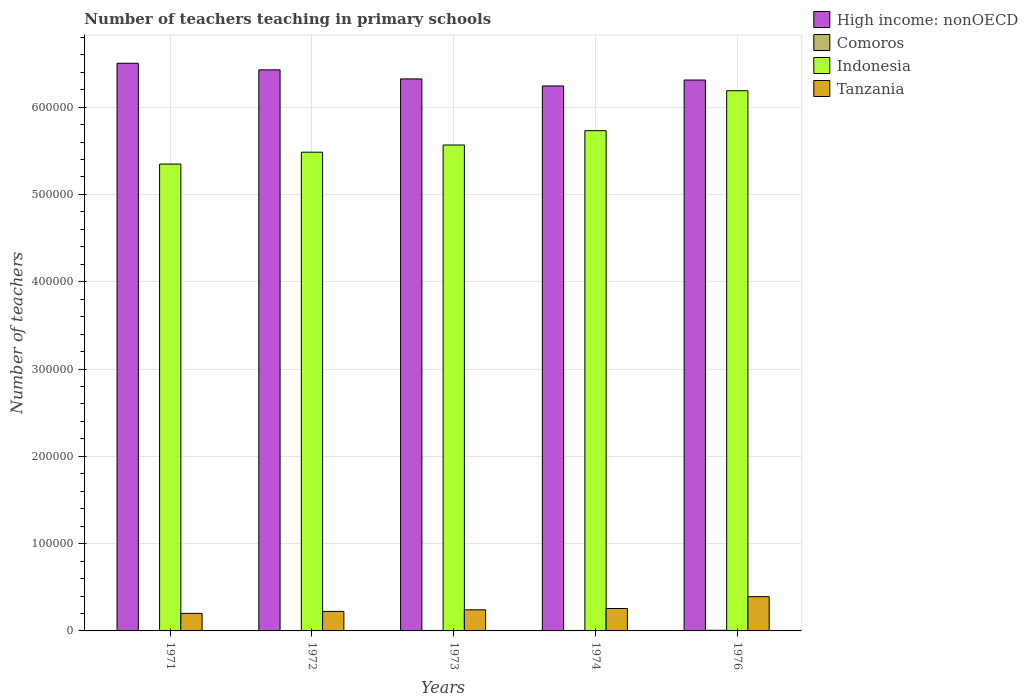
| Years | High income: nonOECD | Comoros | Indonesia | Tanzania |
 | --- | --- | --- | --- | --- |
 | 1971 | 6.5e+05 | 361 | 5.35e+05 | 2.01e+04 |
 | 1972 | 6.43e+05 | 396 | 5.48e+05 | 2.24e+04 |
 | 1973 | 6.32e+05 | 533 | 5.57e+05 | 2.42e+04 |
 | 1974 | 6.24e+05 | 554 | 5.73e+05 | 2.57e+04 |
 | 1976 | 6.31e+05 | 756 | 6.19e+05 | 3.92e+04 |